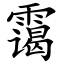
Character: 霭